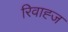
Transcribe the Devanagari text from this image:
रिवाह्ज